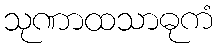
သုဏာထသာဓုကံ